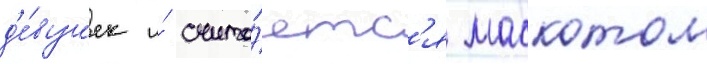
д'е́вушек и́ счита́етс'я маскотом